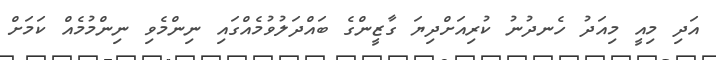
އަދި މިއީ މިއަދު ހެނދުނު ކުރިއަށްދިޔަ ގާޒީންގެ ބައްދަލުވުމެއްގައި ނިންމެވި ނިންމުމެއް ކަމަށް